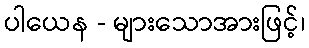
ပါယေန - များသောအားဖြင့်၊